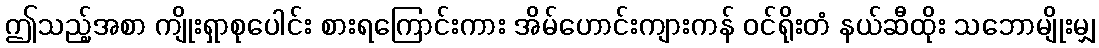
ဤသည့်အစာ ကျိုးရှာစုပေါင်း စားရကြောင်းကား အိမ်ဟောင်းကျားကန် ဝင်ရိုးတံ နယ်ဆီထိုး သဘောမျိုးမျှ